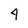
Character: 4